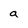
Character: a